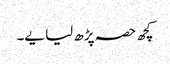
کچھ حصہ پڑھ لیا یے۔